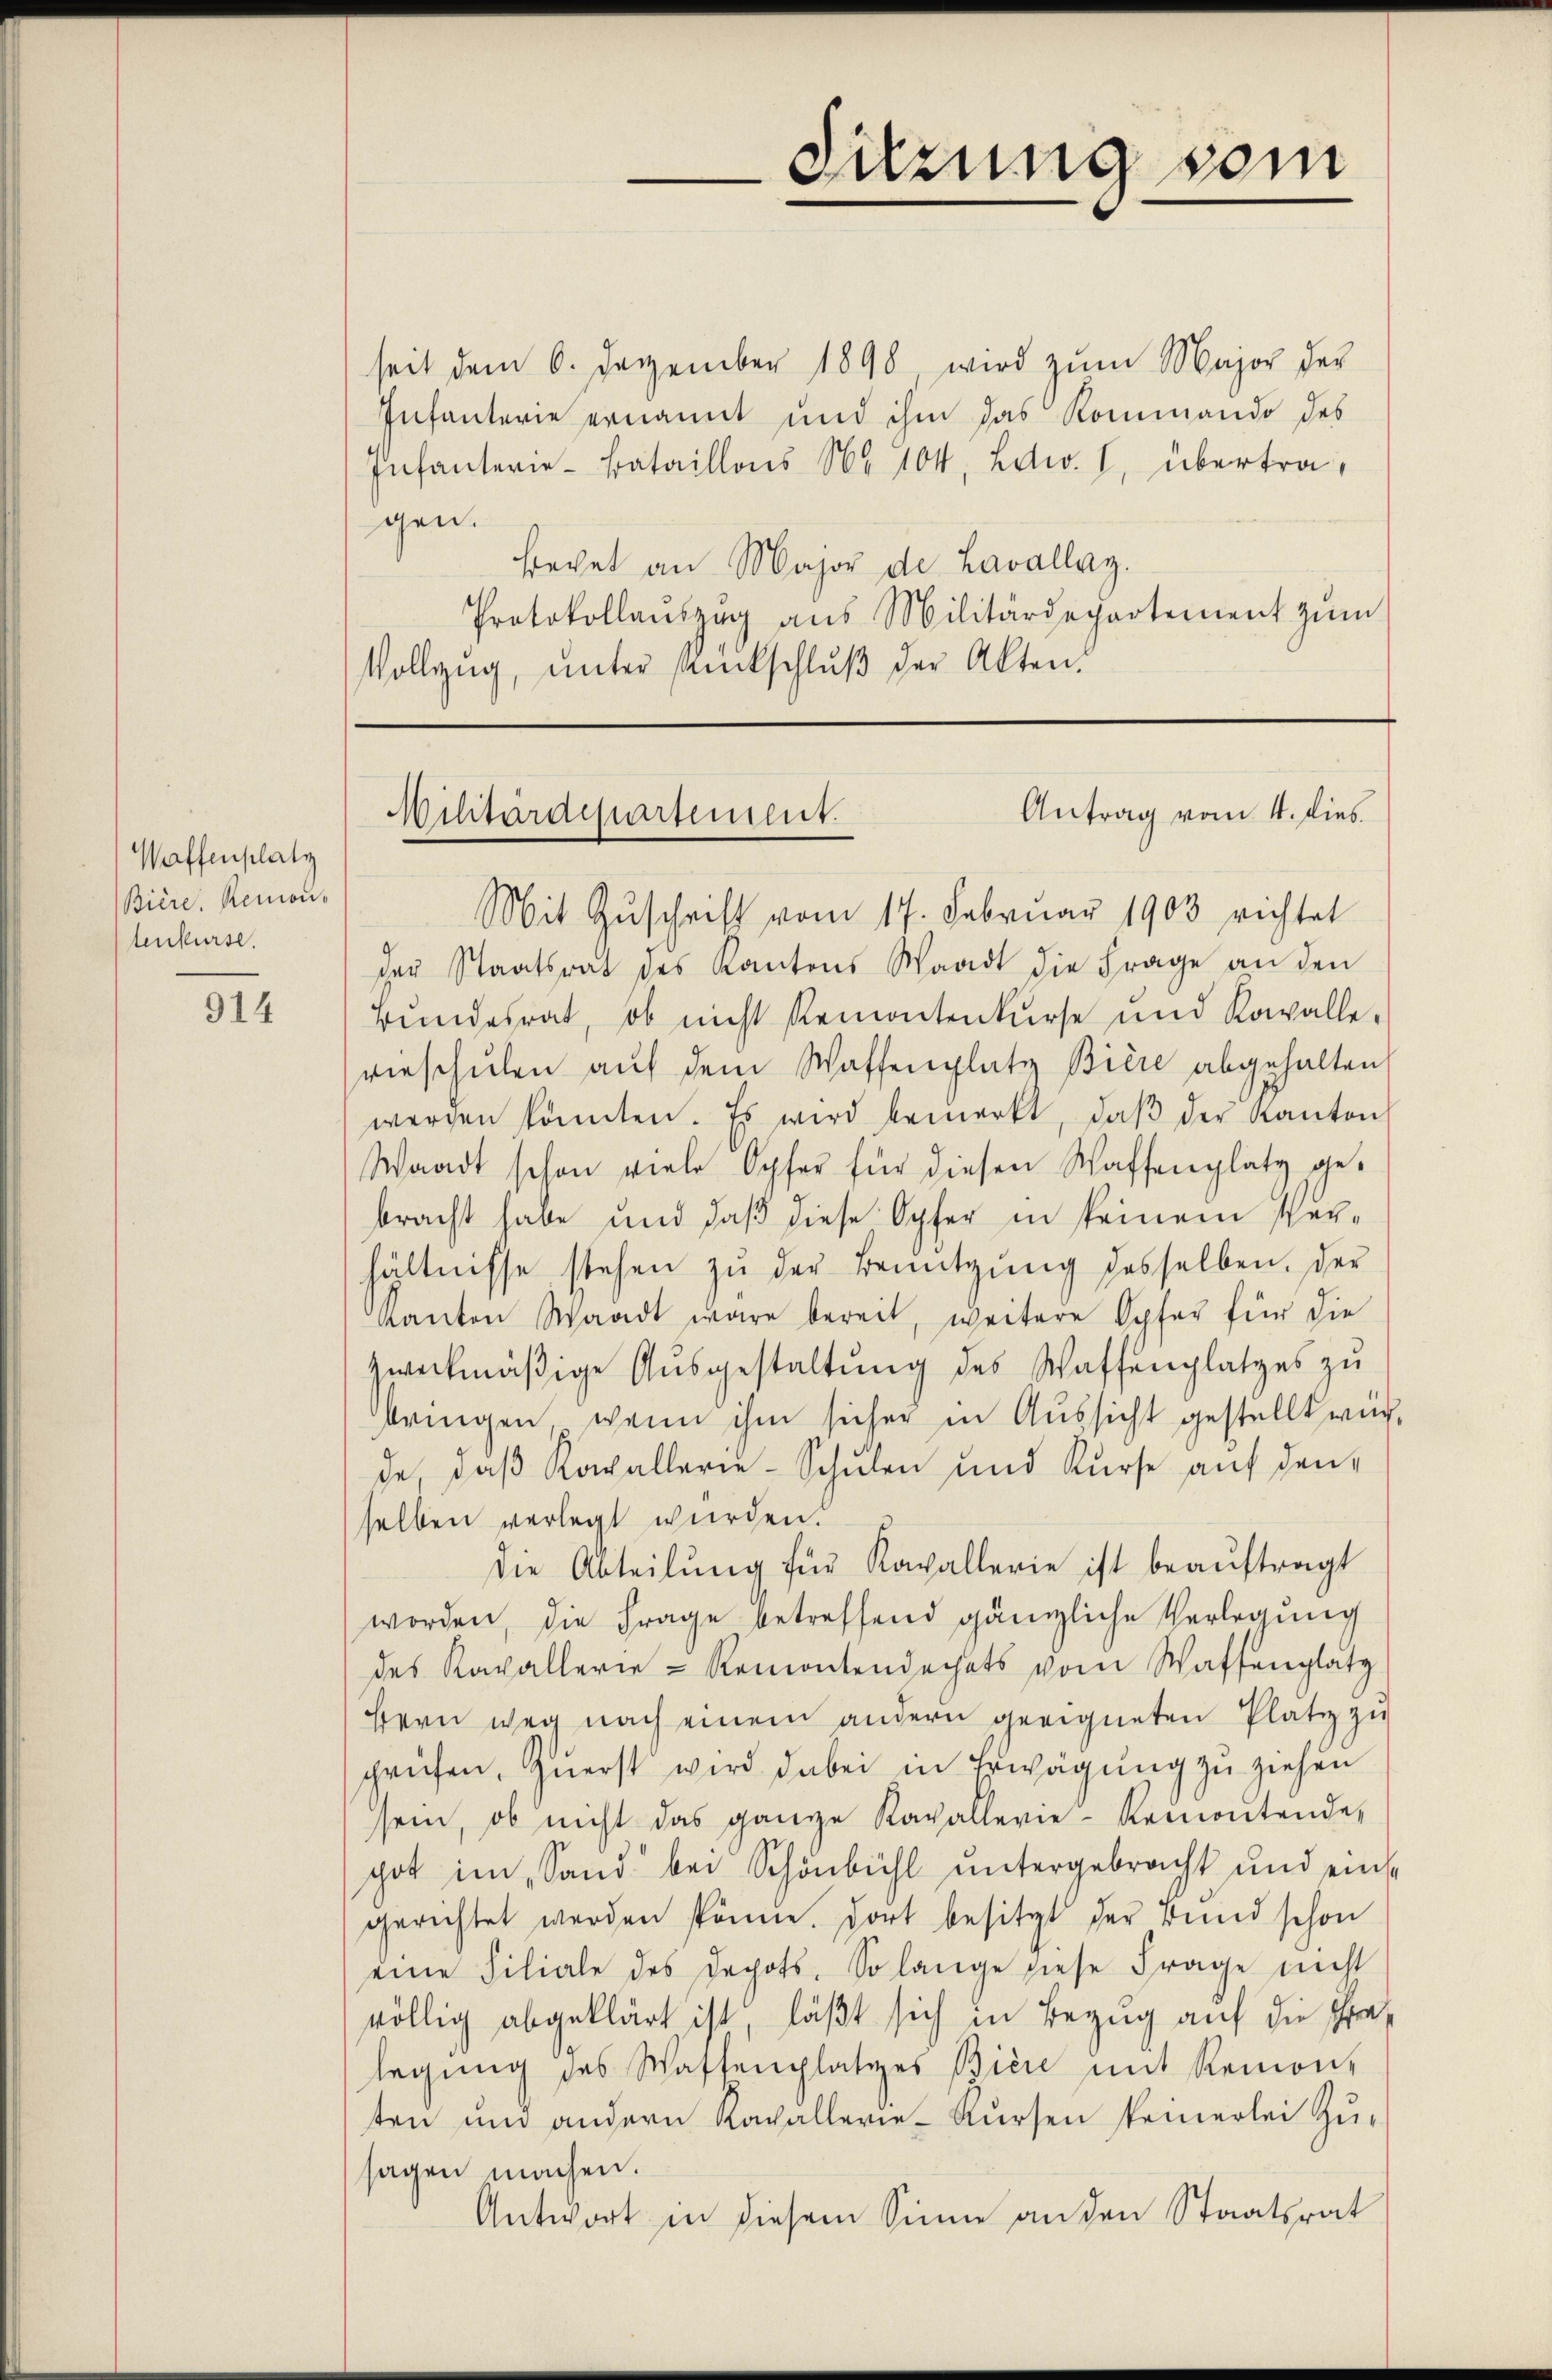
Waffenplatz
Bière, Remon-
tenkurse.

914

Sitzung vom

seit dem 6. Dezember 1890, wird zum Major der
Infanterie ernannt und ihm das Kommando des
Infanterie-Bataillons No 104. Adw. I. übertragen.
brechet an Major de Lavallay.
Protokollaŭszŭg aŭs Militärdepartement zŭm
Vollzug, unter Rückschluß der Akten.

Antrag vom 4. dies
Militärdepartement.

Mit Zŭschrift vom 17. Februar 1903 richtet
der Staatsrat des Kantons Waadt die Frage an den
Bŭndesrat, ob nicht Remontenkurse und Kowalle-
vieschulen auf dem Waffenplatz Bière abgehalten
werden könnten. Es wird bemerkt, daβ der Kanton
Waadt schon viele Opfer für diesen Waffenplatz gebracht habe und daß diese Opfer in keinem Per-
hältnisse stehen zŭ der Benützŭng desselben. Der
Kanton Waadt wäre bereit, weitere Opfer für die
zweckmäβige Aŭsgestaltŭng des Waffenplatzes zŭ
bringen, wenn ihm sicher in Aussicht gestellt wür
de, daß Kavallerie-Schulen und Kurse auf den
selben verlegt wurden.
die Abteilŭng für Kavallerie ist beaŭftragt
worden, die Frage betreffend gänzliche Verlegung
des Kavallerie-Remontendechets vom Waffenplatz
Hern weg nach einem andern geeigneten Platz zu
prüfen, Querst wird dabei in Erwägung zu ziehen
sein, ob nicht das ganze Kavallerie-Remontende-
got im Sand bei Schönbühl untergebracht und ein
gerichtet werden könne. Dort besitzt der Bund schon
eine Filiale des Depots. So lange diese Frage nicht
völlig abgeklärt ist, läßt sich in Bezug auf die Fralegung des Waffenplatzes Biere mit Remon-
ten und andern Kavallerie-Kursen keinerlei Zu-
sagen machen.
Antwort in diesem Sinne an den Staatsrat